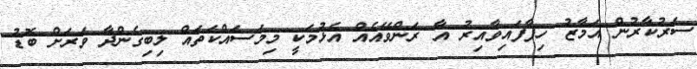
ސަރުކާރުން އަމާޒު ހިފާފައިވާއިރު އާ ރަންވޭއެއް އެޅުމަކީ މިމަސައްކަތައް ލިބިގެންދާ ވަރަށް ބޮޑު